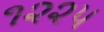
૧૨૨૫